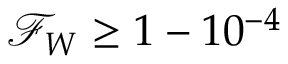
\mathcal { F } _ { W } \geq 1 - 1 0 ^ { - 4 }